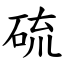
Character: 硫